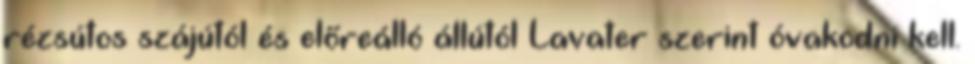
rézsútos szájútól és előreálló állútól Lavater szerint óvakodni kell.